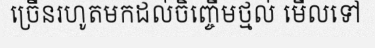
ច្រើនរហូតមកដល់ចិញ្ចើមថ្មល់ មើលទៅ